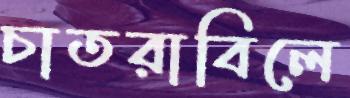
চাতরাবিলে